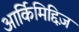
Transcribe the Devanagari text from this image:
आर्किमिद्दिज़